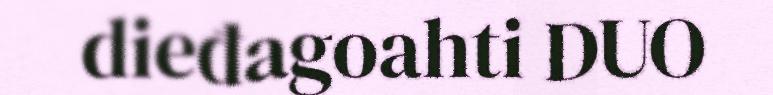
dieđagoahti DUO